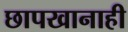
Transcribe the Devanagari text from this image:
छापखानाही